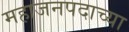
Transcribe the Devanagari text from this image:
महाजनपदाच्या